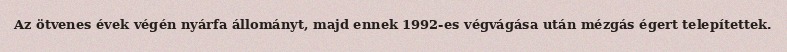
Az ötvenes évek végén nyárfa állományt, majd ennek 1992-es végvágása után mézgás égert telepítettek.